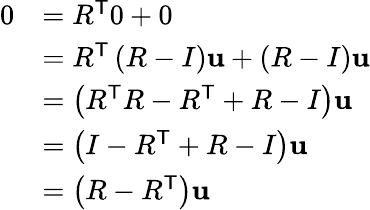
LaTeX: {\begin{array}{rl}{0}&{=R^{\mathsf{T}}0+0}\\ &{=R^{\mathsf{T}}\left(R-I\right)\mathbf{u}+\left(R-I\right)\mathbf{u}}\\ &{=\left(R^{\mathsf{T}}R-R^{\mathsf{T}}+R-I\right)\mathbf{u}}\\ &{=\left(I-R^{\mathsf{T}}+R-I\right)\mathbf{u}}\\ &{=\left(R-R^{\mathsf{T}}\right)\mathbf{u}}\end{array}}